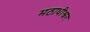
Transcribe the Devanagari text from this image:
मठाधीश्वर